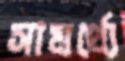
সামর্থ্যে